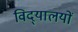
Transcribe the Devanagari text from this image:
विद्‌यालयों